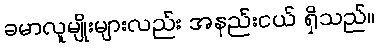
ခမာလူမျိုးများလည်း အနည်းငယ် ရှိသည်။